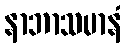
နာဘာသမာနံ